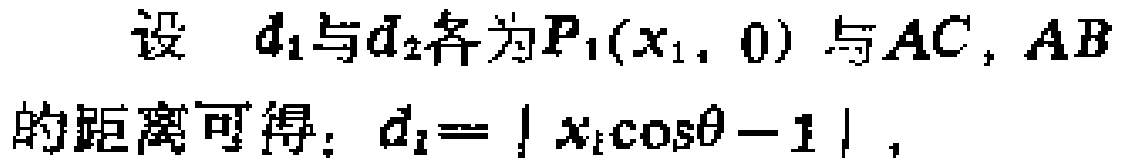
设 \(d_1\)与\(d_2\)各为\(P_1(x_1,0)\) 与\(AC,AB\)的距离可得：\(d_1 = | x_1\cos\theta - 1 |\)，